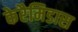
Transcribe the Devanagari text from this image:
केरैमिडास